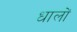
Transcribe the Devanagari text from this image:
धालों